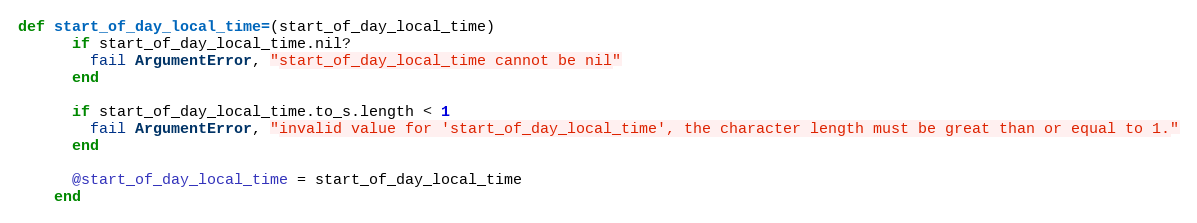
Language: Ruby
def start_of_day_local_time=(start_of_day_local_time)
      if start_of_day_local_time.nil?
        fail ArgumentError, "start_of_day_local_time cannot be nil"
      end

      if start_of_day_local_time.to_s.length < 1
        fail ArgumentError, "invalid value for 'start_of_day_local_time', the character length must be great than or equal to 1."
      end

      @start_of_day_local_time = start_of_day_local_time
    end